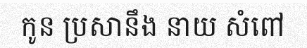
កូន ប្រសានឹង នាយ សំពៅ